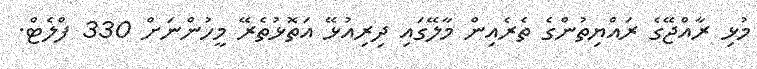
މުޅި ރާއްޖޭގެ ރައްޔިތުންގެ ތެރެއިން މާލޭގައި ދިރިއުޅޭ އަތޮޅުތެރޭ މީހުންނަށް 330 ފްލެޓް.